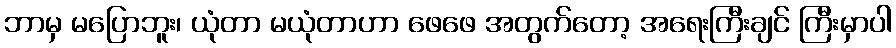
ဘာမှ မပြောဘူး၊ ယုံတာ မယုံတာဟာ ဖေဖေ အတွက်တော့ အရေးကြီးချင် ကြီးမှာပါ